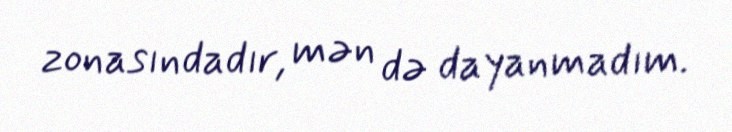
zonasındadır, mən də dayanmadım.